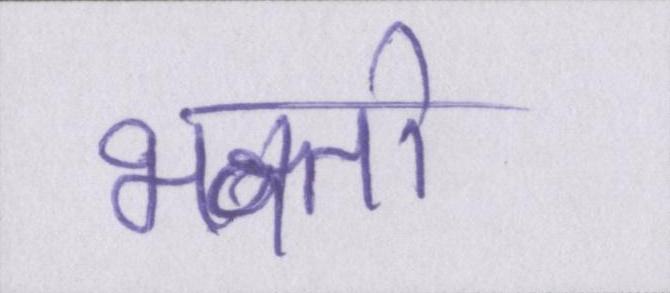
भक्तों